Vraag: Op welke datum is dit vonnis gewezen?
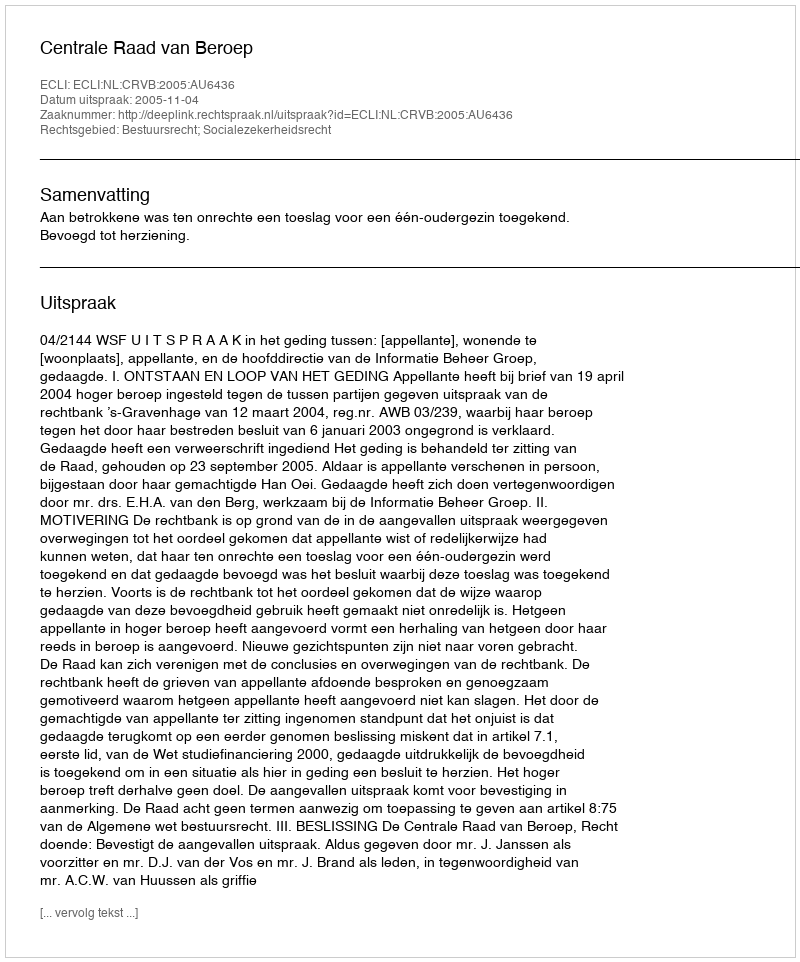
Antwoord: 2005-11-04